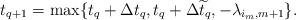
LaTeX: \begin{align*}t_{q+1} = \max\{ t_q + \Delta t_q, t_q + \Delta \widetilde{t}_q , -\lambda_{i_m, m+1} \}.\end{align*}